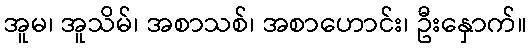
အူမ၊ အူသိမ်၊ အစာသစ်၊ အစာဟောင်း၊ ဦးနှောက်။